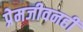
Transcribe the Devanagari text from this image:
प्रेमजीवनही